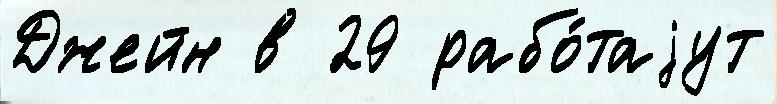
Джейн в 29 рабо́таjут